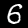
Digit: 6